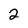
Character: 2